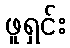
ဖူရှင်း